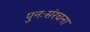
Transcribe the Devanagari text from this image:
पुनःसंरचना